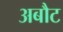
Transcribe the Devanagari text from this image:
अबौट